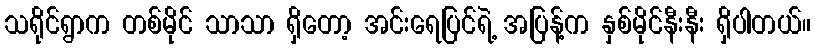
သရိုင်ရွာက တစ်မိုင် သာသာ ရှိတော့ အင်းရေပြင်ရဲ့ အပြန့်က နှစ်မိုင်နီးနီး ရှိပါတယ်။